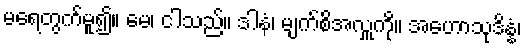
မရေတွက်မူ၍။ မေ၊ ငါသည်။ ဒါနံ၊ မျက်စိအလှူကို။ အဟောသုဒိန္နံ၊